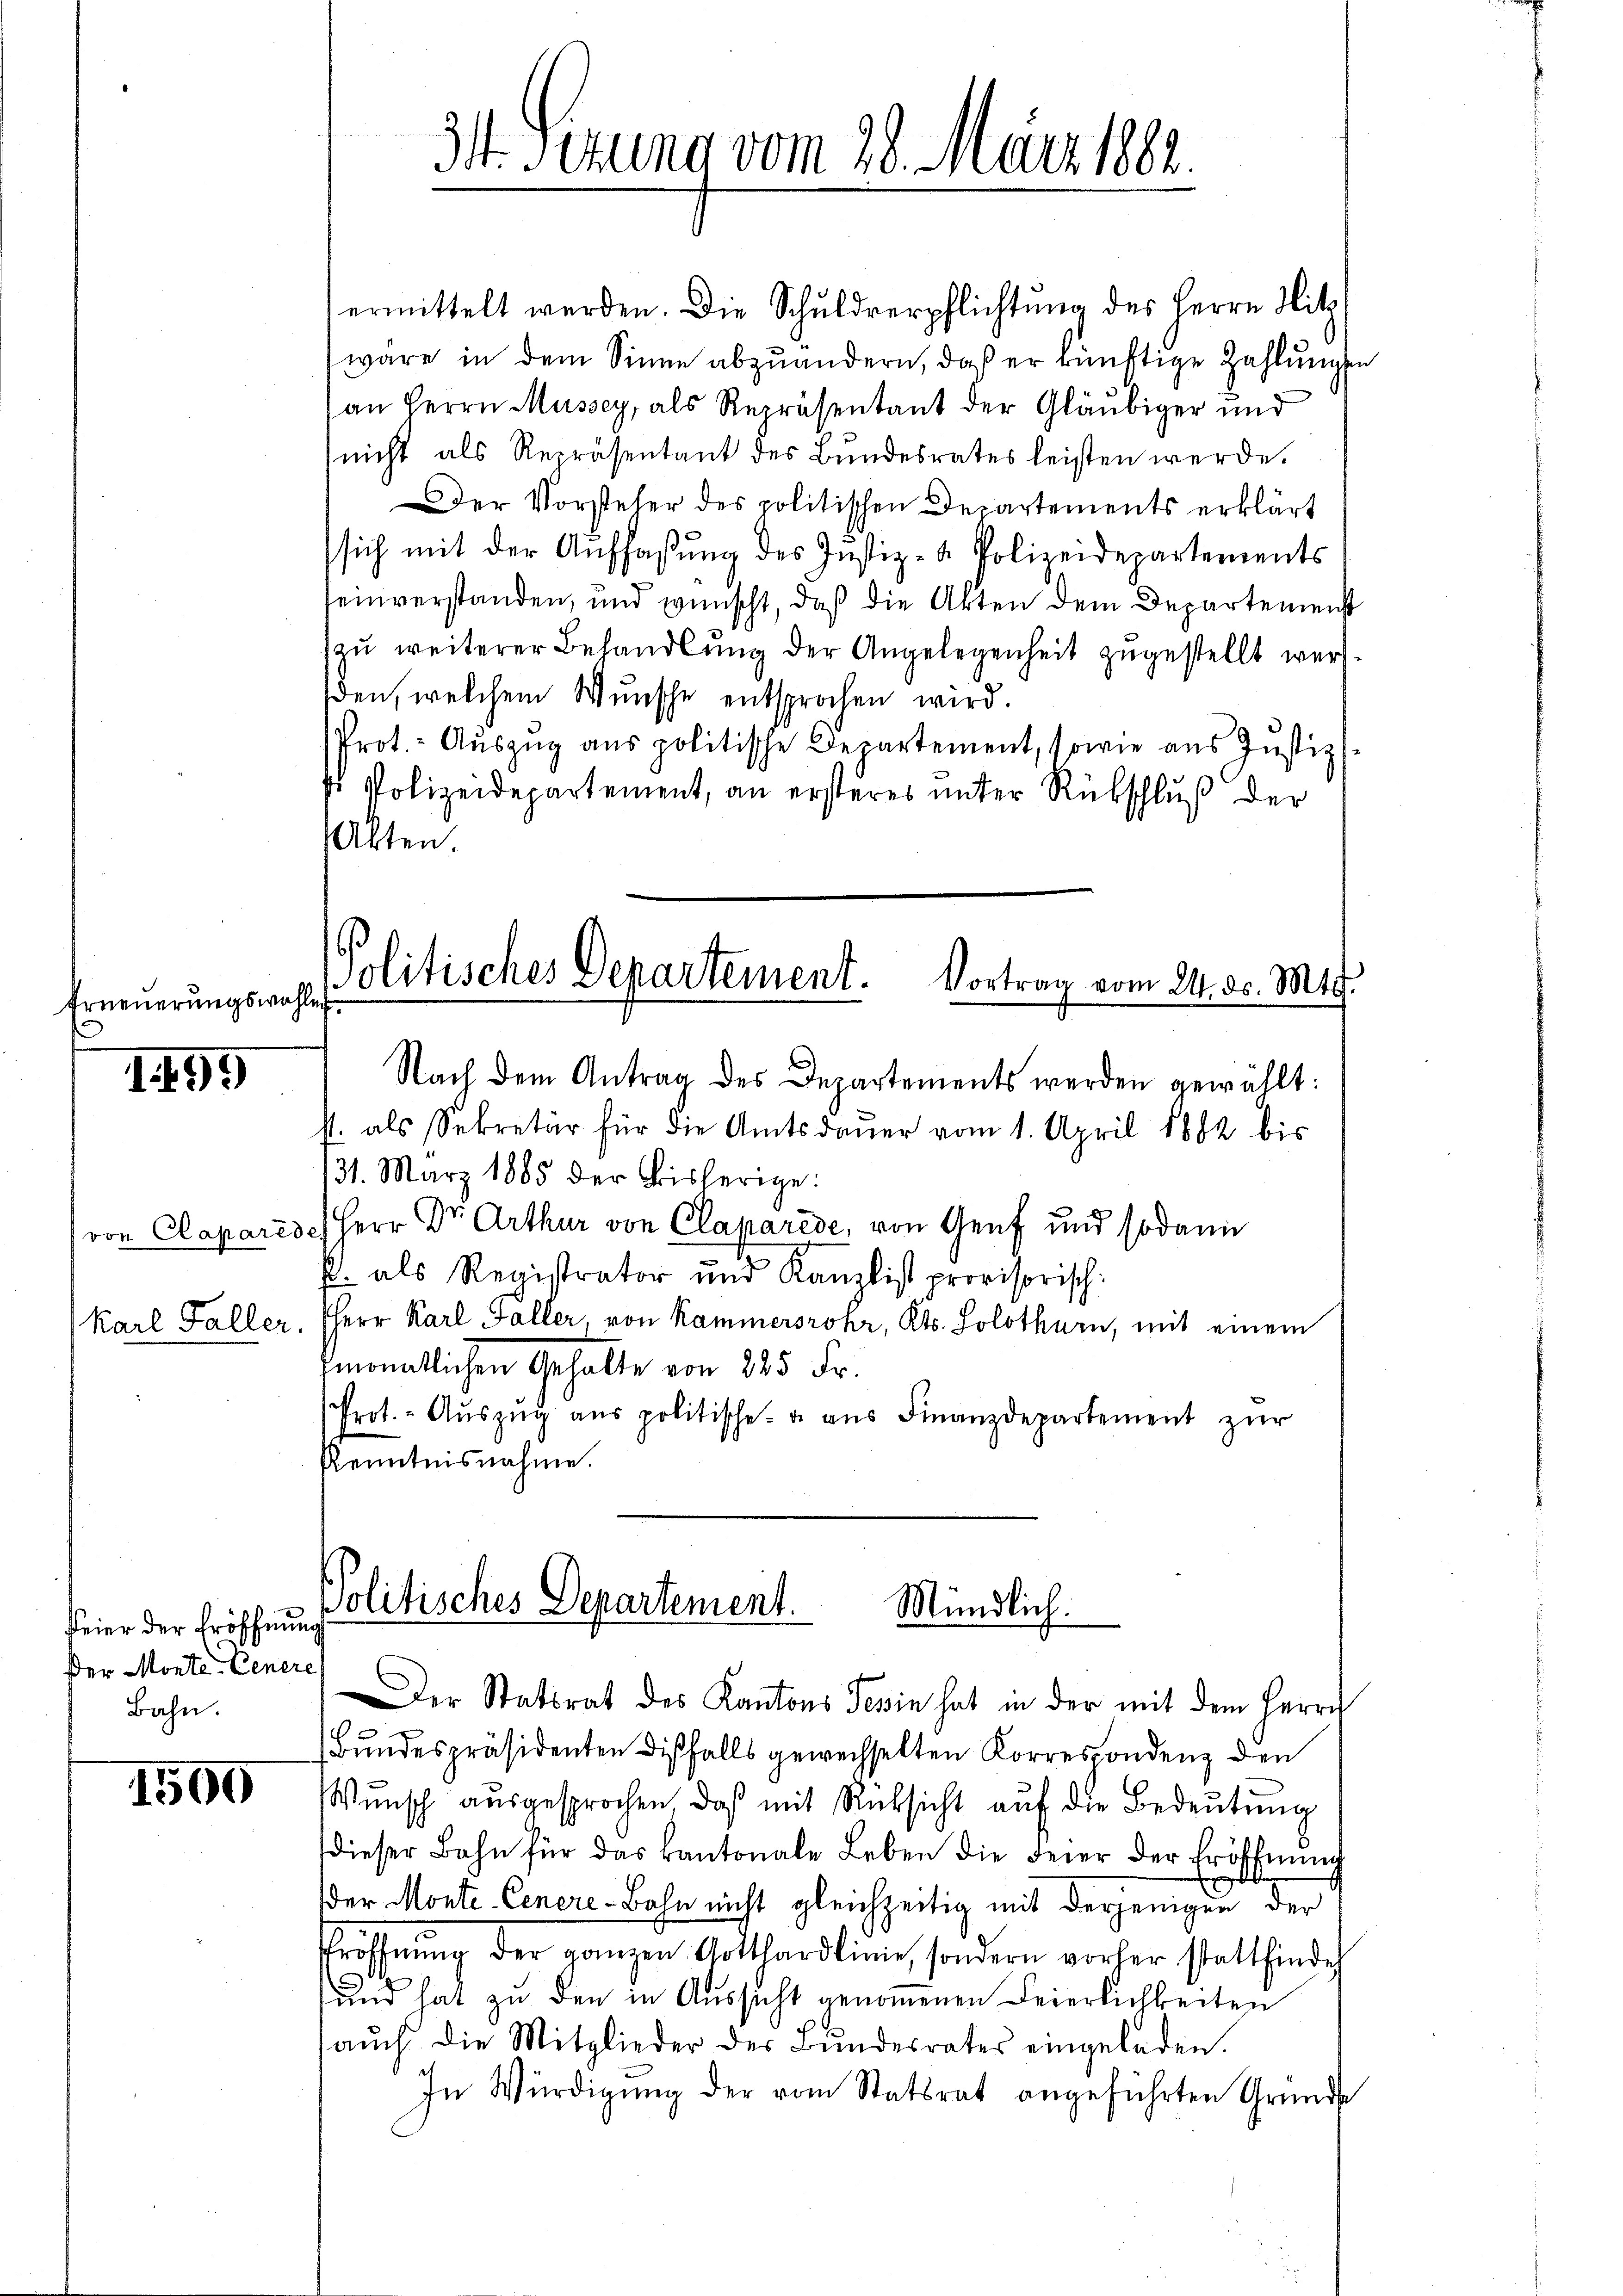
Erneuerungswahlen

1499

von Clapared

feier der Eröffnung
Der Monte-Cenere
Bahn.

1500

ermittelt werden. Die Schuldverpflichtung des Herrn Hitz
wäre in dem Sinne abzuändern, daß er künftige Zahlungen
an Herrn Müssey, als Repräsentant der Gläubiger und
nicht als Repräsentant des Bundesrates leisten werde.
Der Vorsteher des politischen Departements erklärt
sich mit der Auffassung des Justiz- & Polizeidepartements
seinverstanden, und wünscht, daß die Akten dem Departemenst
zu weiterer Behandlung der Angelegenheit zugestellt werd
den, welchem Wunsche entsprochen wird.
Prot.- Auszug aus politische Departement, sowie aus Justiz
si Polizeidepartement, an ersteres unter Rückschluß der
Alten.

34. Sezung vom 28. März 1882.

Politisches Departement. Vortrag vom 24. d. M.

Politisches Departement.
Mündlich.

Nach dem Antrag des Departements werden gewählt:
st. als Sekretär für die Amtsdaŭer vom 1. April 1882 bis
31. März 1885 der bisherige:
3.) Herr Dr. Arthur von Claparede, von Genf und sodann
P. als Registrator und Kanzlist provisorisch.
Karl Faller, HHerr Karl Faller von Kammersrohr, Kts. Solothurn, mit einem
monatlichen Gehalte von 825 Fr.
Prot. - Aŭszŭg ans politische u. ans Finanzdepartement zur
Kenntnisnahme.

Der Statsrat des Kantons Tessin hat in der mit dem Herrn
Bundespräsidenten dißfalls gewechselten Korrespondenz den
Wunsch ausgesprochen, daß mit Rücksicht auf die Bedeutung
dieser Bahn für das kantonale Leben die Feier der Eröffnung
d
der Monte-Cenere-Bahn nicht gleichzeitig mit derjenigen der
Eröffnung der ganzen Gotthardlinie, sondern vorher stattfinde
und hat zu den in Aussicht genommenen Feierlichkeiten
aŭch die Mitglieder der Bŭndesrates eingeladen.
In Würdigung der vom Statsrat angeführten Grunde